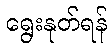
ရွေးနုတ်ရန်